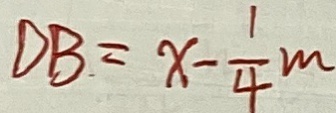
D B = x - \frac { 1 } { 4 } m